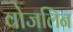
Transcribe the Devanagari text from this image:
वोजलिन